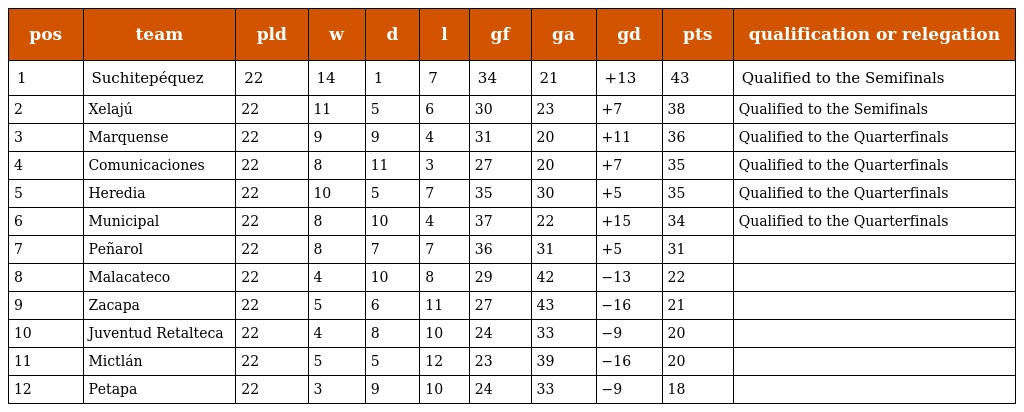
| pos | team | pld | w | d | l | gf | ga | gd | pts | qualification or relegation |
 | --- | --- | --- | --- | --- | --- | --- | --- | --- | --- | --- |
 | 1 | Suchitepéquez | 22 | 14 | 1 | 7 | 34 | 21 | +13 | 43 | Qualified to the Semifinals |
 | 2 | Xelajú | 22 | 11 | 5 | 6 | 30 | 23 | +7 | 38 | Qualified to the Semifinals |
 | 3 | Marquense | 22 | 9 | 9 | 4 | 31 | 20 | +11 | 36 | Qualified to the Quarterfinals |
 | 4 | Comunicaciones | 22 | 8 | 11 | 3 | 27 | 20 | +7 | 35 | Qualified to the Quarterfinals |
 | 5 | Heredia | 22 | 10 | 5 | 7 | 35 | 30 | +5 | 35 | Qualified to the Quarterfinals |
 | 6 | Municipal | 22 | 8 | 10 | 4 | 37 | 22 | +15 | 34 | Qualified to the Quarterfinals |
 | 7 | Peñarol | 22 | 8 | 7 | 7 | 36 | 31 | +5 | 31 |  |
 | 8 | Malacateco | 22 | 4 | 10 | 8 | 29 | 42 | −13 | 22 |  |
 | 9 | Zacapa | 22 | 5 | 6 | 11 | 27 | 43 | −16 | 21 |  |
 | 10 | Juventud Retalteca | 22 | 4 | 8 | 10 | 24 | 33 | −9 | 20 |  |
 | 11 | Mictlán | 22 | 5 | 5 | 12 | 23 | 39 | −16 | 20 |  |
 | 12 | Petapa | 22 | 3 | 9 | 10 | 24 | 33 | −9 | 18 |  |